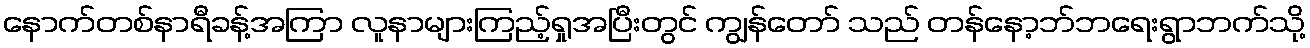
နောက်တစ်နာရီခန့်အကြာ လူနာများကြည့်ရှုအပြီးတွင် ကျွန်တော် သည် တန်နော့ဘ်ဘရေးရွာဘက်သို့